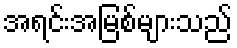
အရင်းအမြစ်များသည်